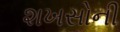
શખસોની